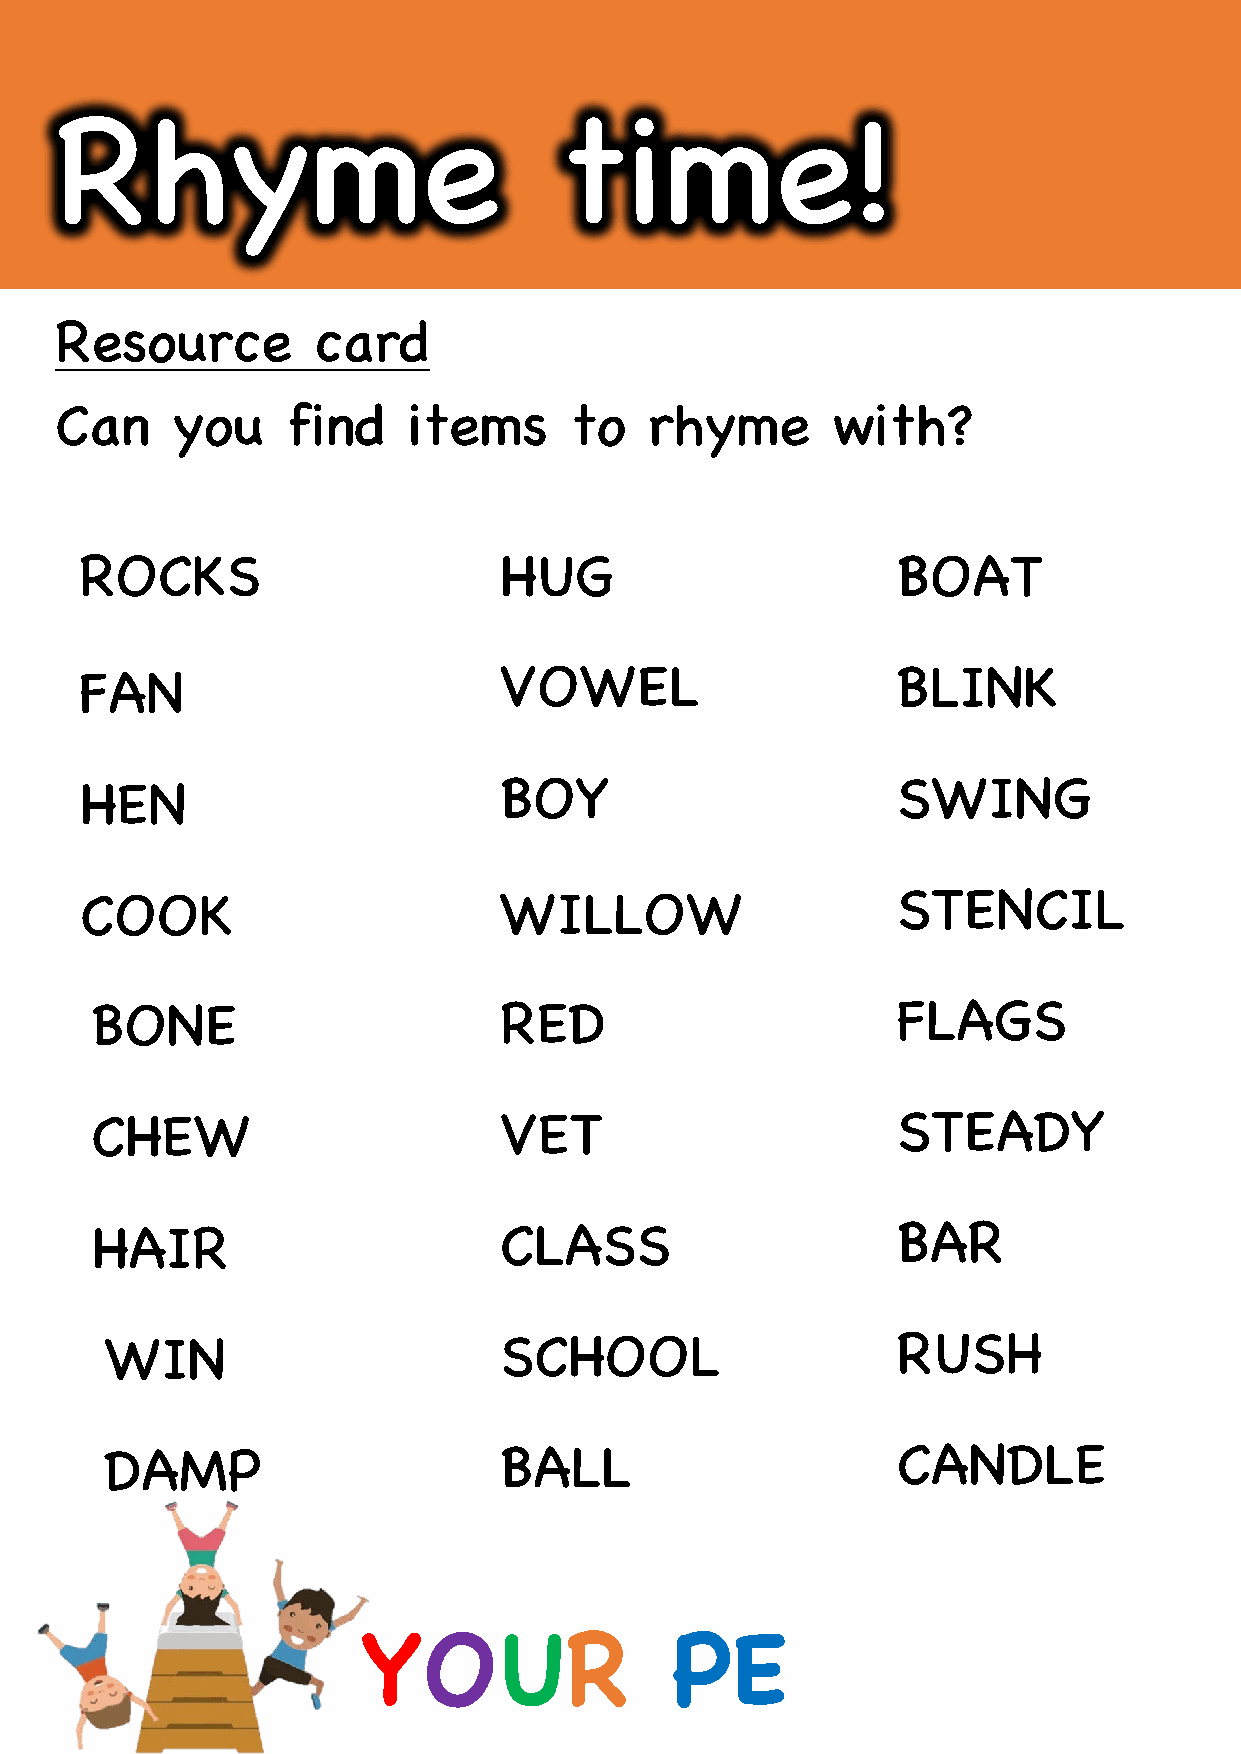
Rhyme                            time!
 Resource         card
 Can    you     find    items      to   rhyme       with?
 ROCKS                       HUG                       BOAT
 FAN                         VOWEL                     BLINK
 HEN                         BOY                       SWING
 COOK                        WILLOW                    STENCIL
 BONE                       RED                       FLAGS
 CHEW                       VET                       STEADY
 HAIR                       CLASS                     BAR
 WIN                       SCHOOL                    RUSH
 DAMP                      BALL                      CANDLE
 YOUR                PE